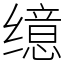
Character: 𫄷